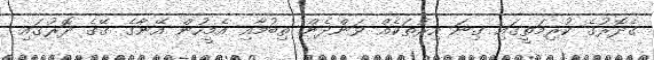
ގެދޮރުގެ ކުރިމަތީގައި ގިނަ އިރުތަކެއް ވަންދެން ތިބުމާއި އެމީހުން އޭނާގެ ގޭގެ ދޮރުގައި